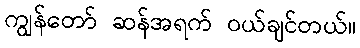
ကျွန်တော် ဆန်အရက် ဝယ်ချင်တယ်။